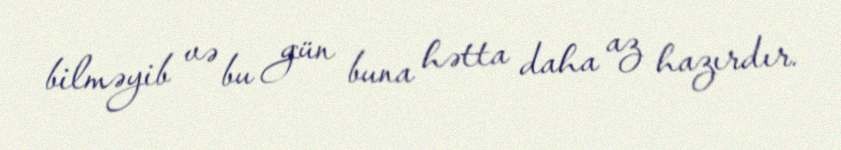
bilməyib və bu gün buna hətta daha az hazırdır.